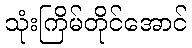
သုံးကြိမ်တိုင်အောင်